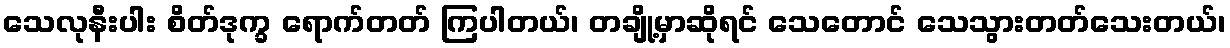
သေလုနီးပါး စိတ်ဒုက္ခ ရောက်တတ် ကြပါတယ်၊ တချို့မှာဆိုရင် သေတောင် သေသွားတတ်သေးတယ်၊